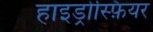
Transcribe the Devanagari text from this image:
हाइड्रोस्फ़ियर